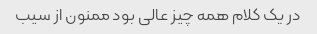
در یک کلام همه چیز عالی بود ممنون از سیب